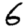
Digit: 6